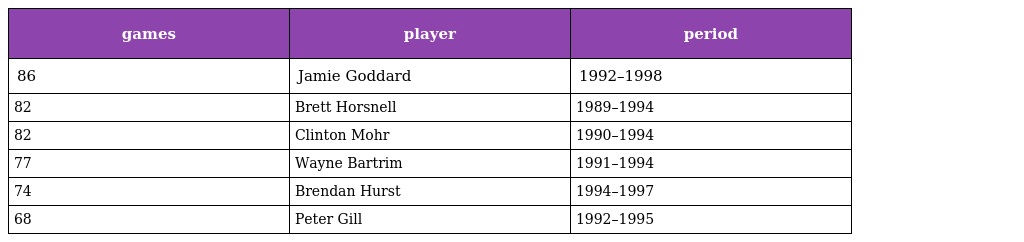
| games | player | period |
 | --- | --- | --- |
 | 86 | Jamie Goddard | 1992–1998 |
 | 82 | Brett Horsnell | 1989–1994 |
 | 82 | Clinton Mohr | 1990–1994 |
 | 77 | Wayne Bartrim | 1991–1994 |
 | 74 | Brendan Hurst | 1994–1997 |
 | 68 | Peter Gill | 1992–1995 |